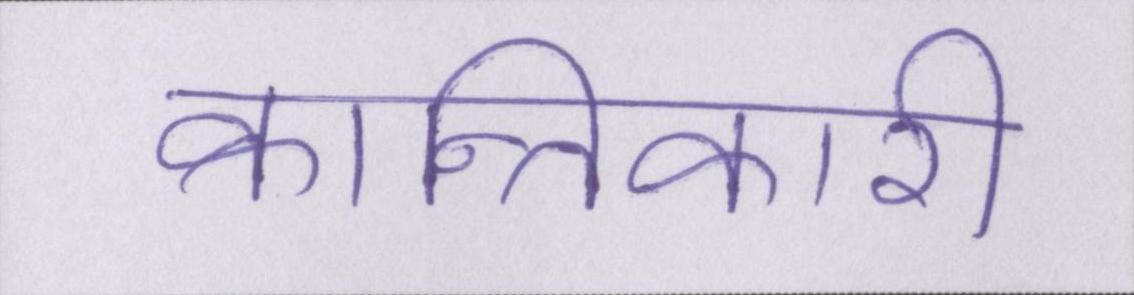
क्रान्तिकारी